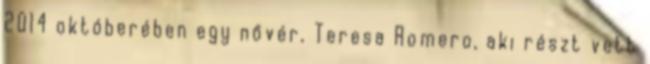
2014 októberében egy nővér, Teresa Romero, aki részt vett